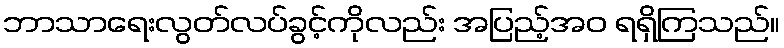
ဘာသာရေးလွတ်လပ်ခွင့်ကိုလည်း အပြည့်အဝ ရရှိကြသည်။